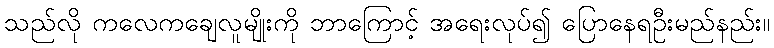
သည်လို ကလေကချေလူမျိုးကို ဘာကြောင့် အရေးလုပ်၍ ပြောနေရဦးမည်နည်း။